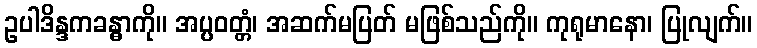
ဥပါဒိန္ဒကခန္ဓာကို။ အပ္ပဝတ္တံ၊ အဆက်မပြတ် မဖြစ်သည်ကို။ ကုရုမာနော၊ ပြုလျက်။